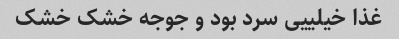
غذا خیلییی سرد بود و جوجه خشک خشک